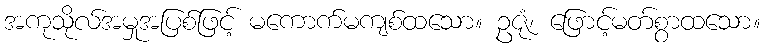
အကုသိုလ်အမှုအပြစ်ဖြင့် မကောက်မကျစ်ထသော။ ဥဇုံ၊ ဖြောင့်မတ်စွာထသော။